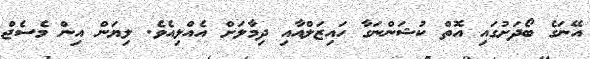
އޭނަގެ ބޯދަށުގައި އޮތް ކުޝަންނަގާ ހައިޒަލްއާއި ދިމާލަށް އެއްލިއެވެ. ލިޔަން އިން މެސެޖް